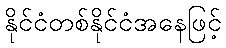
နိုင်ငံတစ်နိုင်ငံအနေဖြင့်